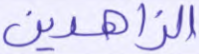
الزاهدين